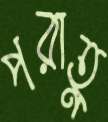
পরাহ্ণ